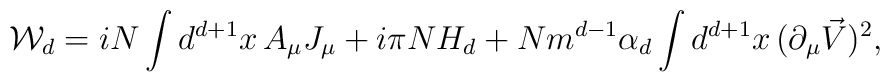
{\cal W}_{d}= iN\int d^{d+1}x\,    A_\mu J_\mu +i\pi N H_d    + N m^{d-1}\alpha_{d}\int d^{d+1}x\,    (\partial_\mu \vec{V})^2,